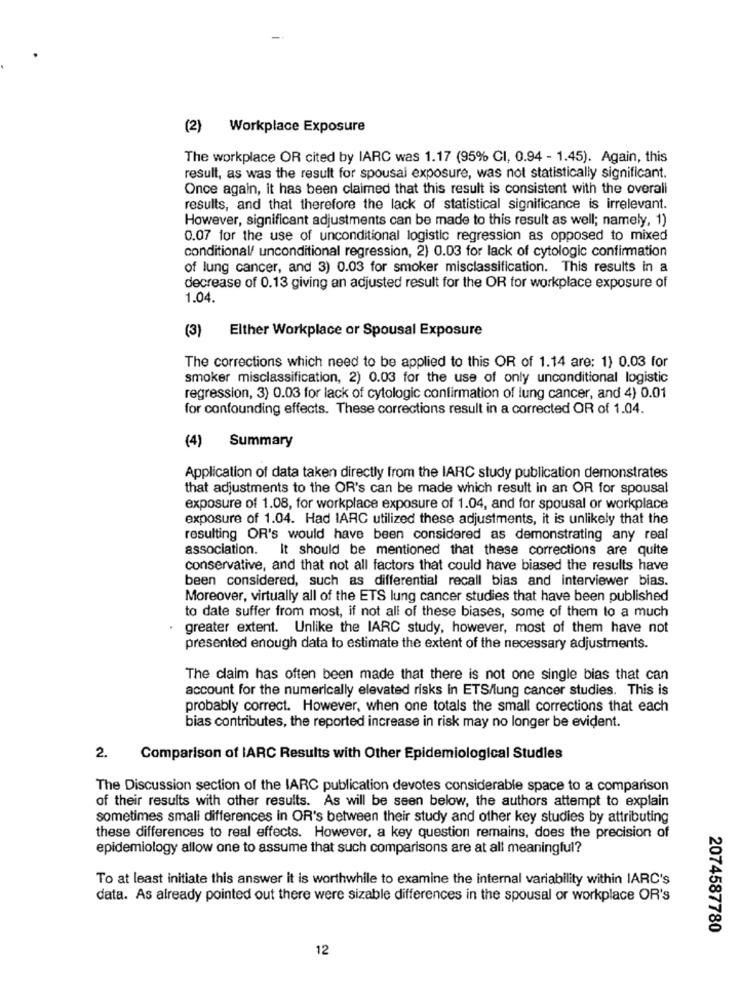
(2) Workplace Exposure
The workplace OR cited by IARC was 1.17 (95% CI, 0.94 - 1.45). Again, this
result, as was the result for spousal exposure, was not statistically significant.
Once again, it has been claimed that this result is consistent with the overall
results, and that therefore the lack of statistical significance is irrelevant.
However, significant adjustments can be made to this result as well; namely, 1)
0.07 for the use of unconditional logistic regression as opposed to mixed
conditional/ unconditional regression, 2) 0.03 for lack of cytologic confirmation
of lung cancer, and 3) 0.03 for smoker misclassification. This results in a
decrease of 0.13 giving an adjusted result for the OR for workplace exposure of
1.04.
(3) Elther Workplace or Spousal Exposure
The corrections which need to be applied to this OR of 1.14 are: 1) 0.03 for
smoker misclassification, 2) 0.03 for the use of only unconditional logistic
regression, 3) 0.03 for lack of cytologic confirmation of lung cancer, and 4) 0.01
for confounding effects. These corrections result in a corrected OR of 1.04.
(4) Summary
Application of data taken directly from the IARC study publication demonstrates
that adjustments to the OR's can be made which result in an OR for spousal
exposure of 1.08, for workplace exposure of 1.04, and for spousal or workplace
exposure of 1.04. Had IARC utilized these adjustments, it is unlikely that the
resulting OR's would have been considered as demonstrating any real
association. It should be mentioned that these corrections are quite
conservative, and that not all factors that could have biased the results have
been considered, such as differential recall bias and interviewer bias.
Moreover, virtually all of the ETS lung cancer studies that have been published
to date suffer from most, if not all of these biases, some of them to a much
greater extent. Unlike the IARC study, however, most of them have not
presented enough data to estimate the extent of the necessary adjustments.
The claim has often been made that there is not one single bias that can
account for the numerically elevated risks in ETS/lung cancer studies. This is
probably correct. However, when one totals the small corrections that each
bias contributes, the reported increase in risk may no longer be evident.
2.
Comparison of IARC Results with Other Epidemiological Studies
The Discussion section of the IARC publication devotes considerable space to a comparison
of their results with other results. As will be seen below, the authors attempt to explain
sometimes small differences in OR's between their study and other key studies by attributing
these differences to real effects. However, a key question remains, does the precision of
epidemiology allow one to assume that such comparisons are at all meaningful?
To at least initiate this answer it is worthwhile to examine the internal variability within IARC's
data. As already pointed out there were sizable differences in the spousal or workplace OR's
2074587780
12